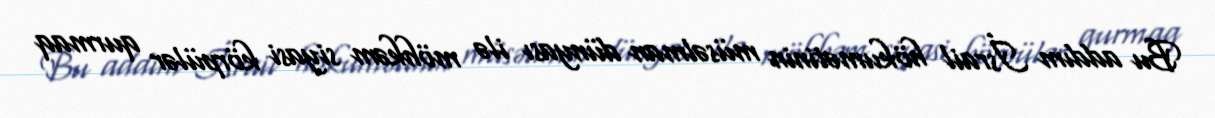
Bu addım İsrail hökumətinin müsəlman dünyası ilə möhkəm siyasi körpülər qurmaq